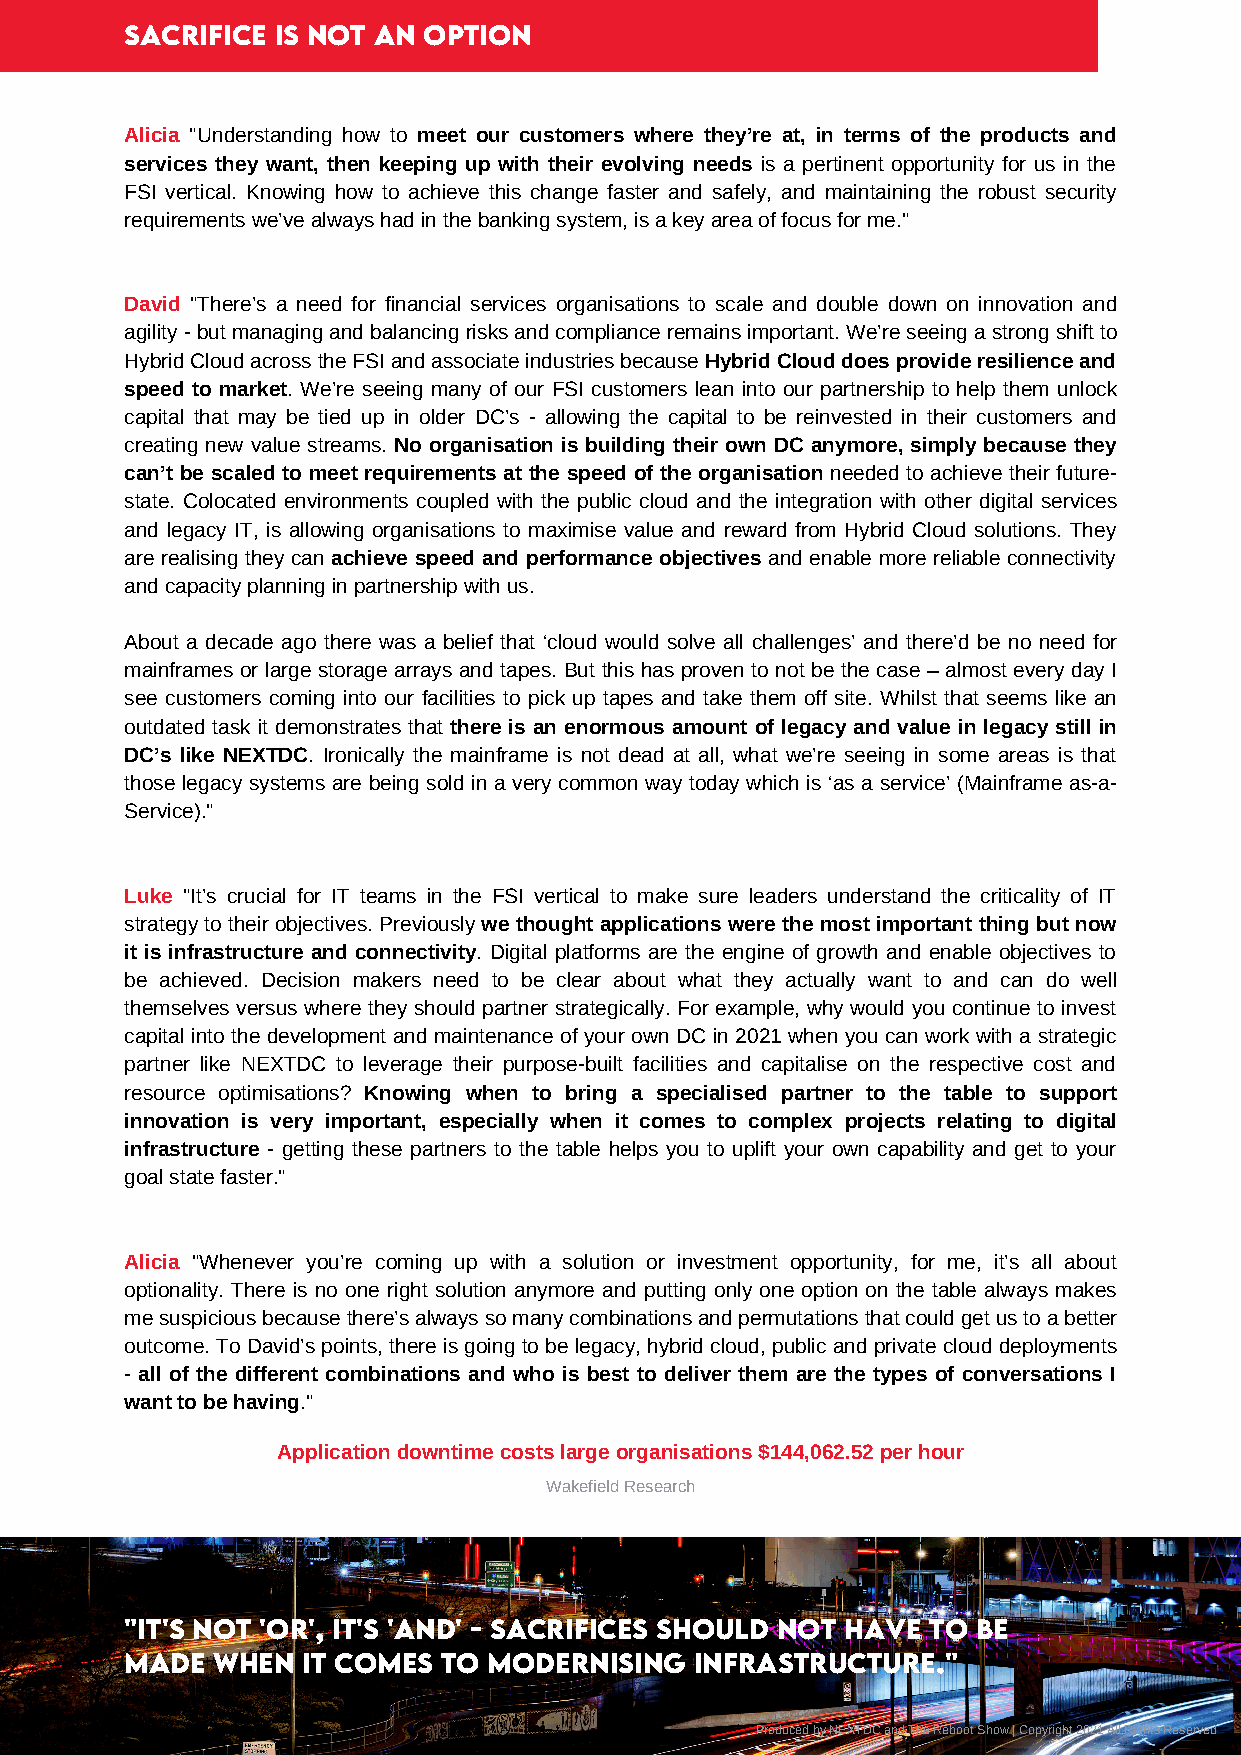
SACRiFiCE iS NOT AN OPTiON
 Alicia "Understanding how to meet our customers where they’re at, in terms of the products and
 services they want, then keeping up with their evolving needs is a pertinent opportunity for us in the
 FSI vertical. Knowing how to achieve this change faster and safely, and maintaining the robust security
 requirements we’ve always had in the banking system, is a key area of focus for me."
 David "There’s a need for financial services organisations to scale and double down on innovation and
 agility - but managing and balancing risks and compliance remains important. We’re seeing a strong shift to
 Hybrid Cloud across the FSI and associate industries because Hybrid Cloud does provide resilience and
 speed to market. We’re seeing many of our FSI customers lean into our partnership to help them unlock
 capital that may be tied up in older DC’s - allowing the capital to be reinvested in their customers and
 creating new value streams. No organisation is building their own DC anymore, simply because they
 can’t be scaled to meet requirements at the speed of the organisation needed to achieve their future-
 state. Colocated environments coupled with the public cloud and the integration with other digital services
 and legacy IT, is allowing organisations to maximise value and reward from Hybrid Cloud solutions. They
 are realising they can achieve speed and performance objectives and enable more reliable connectivity
 and capacity planning in partnership with us.
 About a decade ago there was a belief that ‘cloud would solve all challenges’ and there’d be no need for
 mainframes or large storage arrays and tapes. But this has proven to not be the case – almost every day I
 see customers coming into our facilities to pick up tapes and take them off site. Whilst that seems like an
 outdated task it demonstrates that there is an enormous amount of legacy and value in legacy still in
 DC’s like NEXTDC. Ironically the mainframe is not dead at all, what we’re seeing in some areas is that
 those legacy systems are being sold in a very common way today which is ‘as a service’ (Mainframe as-a-
 Service)."
 Luke "It’s crucial for IT teams in the FSI vertical to make sure leaders understand the criticality of IT
 strategy to their objectives. Previously we thought applications were the most important thing but now
 it is infrastructure and connectivity. Digital platforms are the engine of growth and enable objectives to
 be achieved. Decision makers need to be clear about what they actually want to and can do well
 themselves versus where they should partner strategically. For example, why would you continue to invest
 capital into the development and maintenance of your own DC in 2021 when you can work with a strategic
 partner like NEXTDC to leverage their purpose-built facilities and capitalise on the respective cost and
 resource optimisations? Knowing when to bring a specialised partner to the table to support
 innovation is very important, especially when it comes to complex projects relating to digital
 infrastructure - getting these partners to the table helps you to uplift your own capability and get to your
 goal state faster."
 Alicia "Whenever you’re coming up with a solution or investment opportunity, for me, it’s all about
 optionality. There is no one right solution anymore and putting only one option on the table always makes
 me suspicious because there’s always so many combinations and permutations that could get us to a better
 outcome. To David’s points, there is going to be legacy, hybrid cloud, public and private cloud deployments
 - all of the different combinations and who is best to deliver them are the types of conversations I
 want to be having."
 Application downtime costs large organisations $144,062.52 per hour
 Wakefield Research
 "iT'S NOT 'OR', iT'S 'AND' - SACRiFiCES SHOULD NOT HAVE TO BE
 MADE  WHEN  iT COMES TO MODERNiSiNG   iNFRASTRUCTURE."
 Produced by NEXTDC and The Reboot Show | Copyright 2021 All Rights Reserved